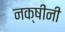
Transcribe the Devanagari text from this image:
नक्षींनी